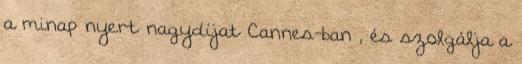
a minap nyert nagydíjat Cannes-ban , és szolgálja a